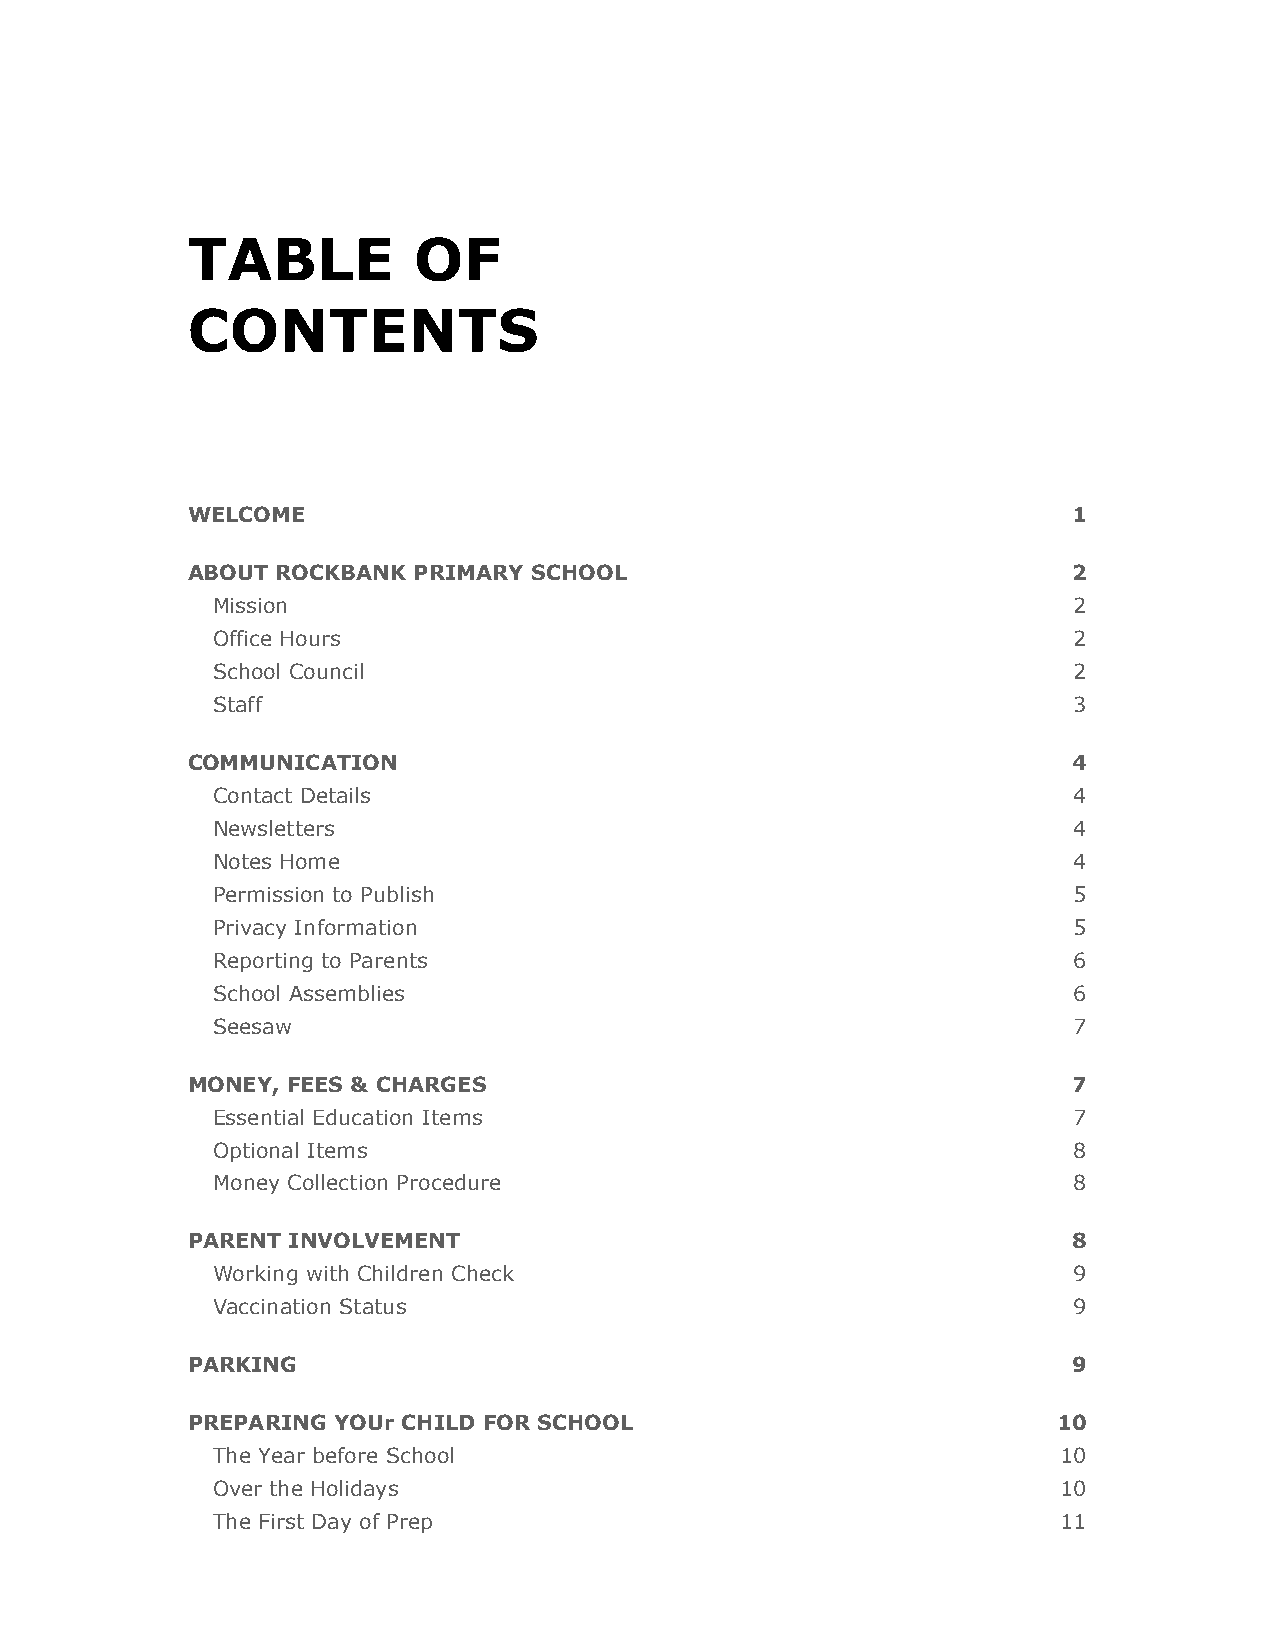
TABLE          OF
 CONTENTS
 WELCOME                                                    1
 ABOUT ROCKBANK PRIMARY SCHOOL                              2
 Mission                                                  2
 Office Hours                                             2
 School Council                                           2
 Staff                                                    3
 COMMUNICATION                                              4
 Contact Details                                          4
 Newsletters                                              4
 Notes Home                                               4
 Permission to Publish                                    5
 Privacy Information                                      5
 Reporting to Parents                                     6
 School Assemblies                                        6
 Seesaw                                                   7
 MONEY, FEES & CHARGES                                      7
 Essential Education Items                                7
 Optional Items                                           8
 Money Collection Procedure                               8
 PARENT INVOLVEMENT                                         8
 Working with Children Check                              9
 Vaccination Status                                       9
 PARKING                                                    9
 PREPARING YOUr CHILD FOR SCHOOL                           10
 The Year before School                                  10
 Over the Holidays                                       10
 The First Day of Prep                                   11